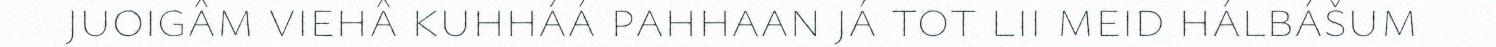
juoigâm viehâ kuhháá pahhaan já tot lii meid hálbášum